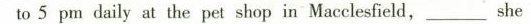
to 5 pm daily at the pet shop in Macclesfield,___ she